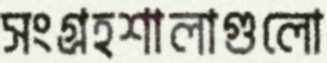
সংগ্রহশালাগুলো